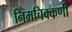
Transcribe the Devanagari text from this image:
निमचिक्कणी